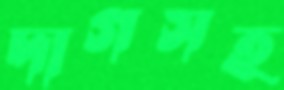
দাগসহ